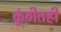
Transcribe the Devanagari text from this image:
कुंठीतही